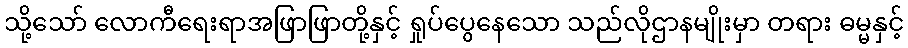
သို့သော် လောကီရေးရာအဖြာဖြာတို့နှင့် ရှုပ်ပွေနေသော သည်လိုဌာနမျိုးမှာ တရား ဓမ္မနှင့်